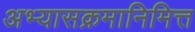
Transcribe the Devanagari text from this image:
अभ्यासक्रमानिमित्त